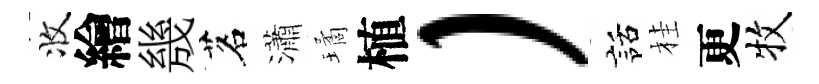
收繪㡬茗瀟璚植）話桂更牧